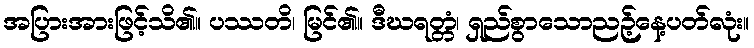
အပြားအားဖြင့်သိ၏။ ပဿတိ၊ မြင်၏။ ဒီဃရတ္တံ၊ ရှည်စွာသောညဉ့်နေ့ပတ်လုံး။